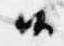
候